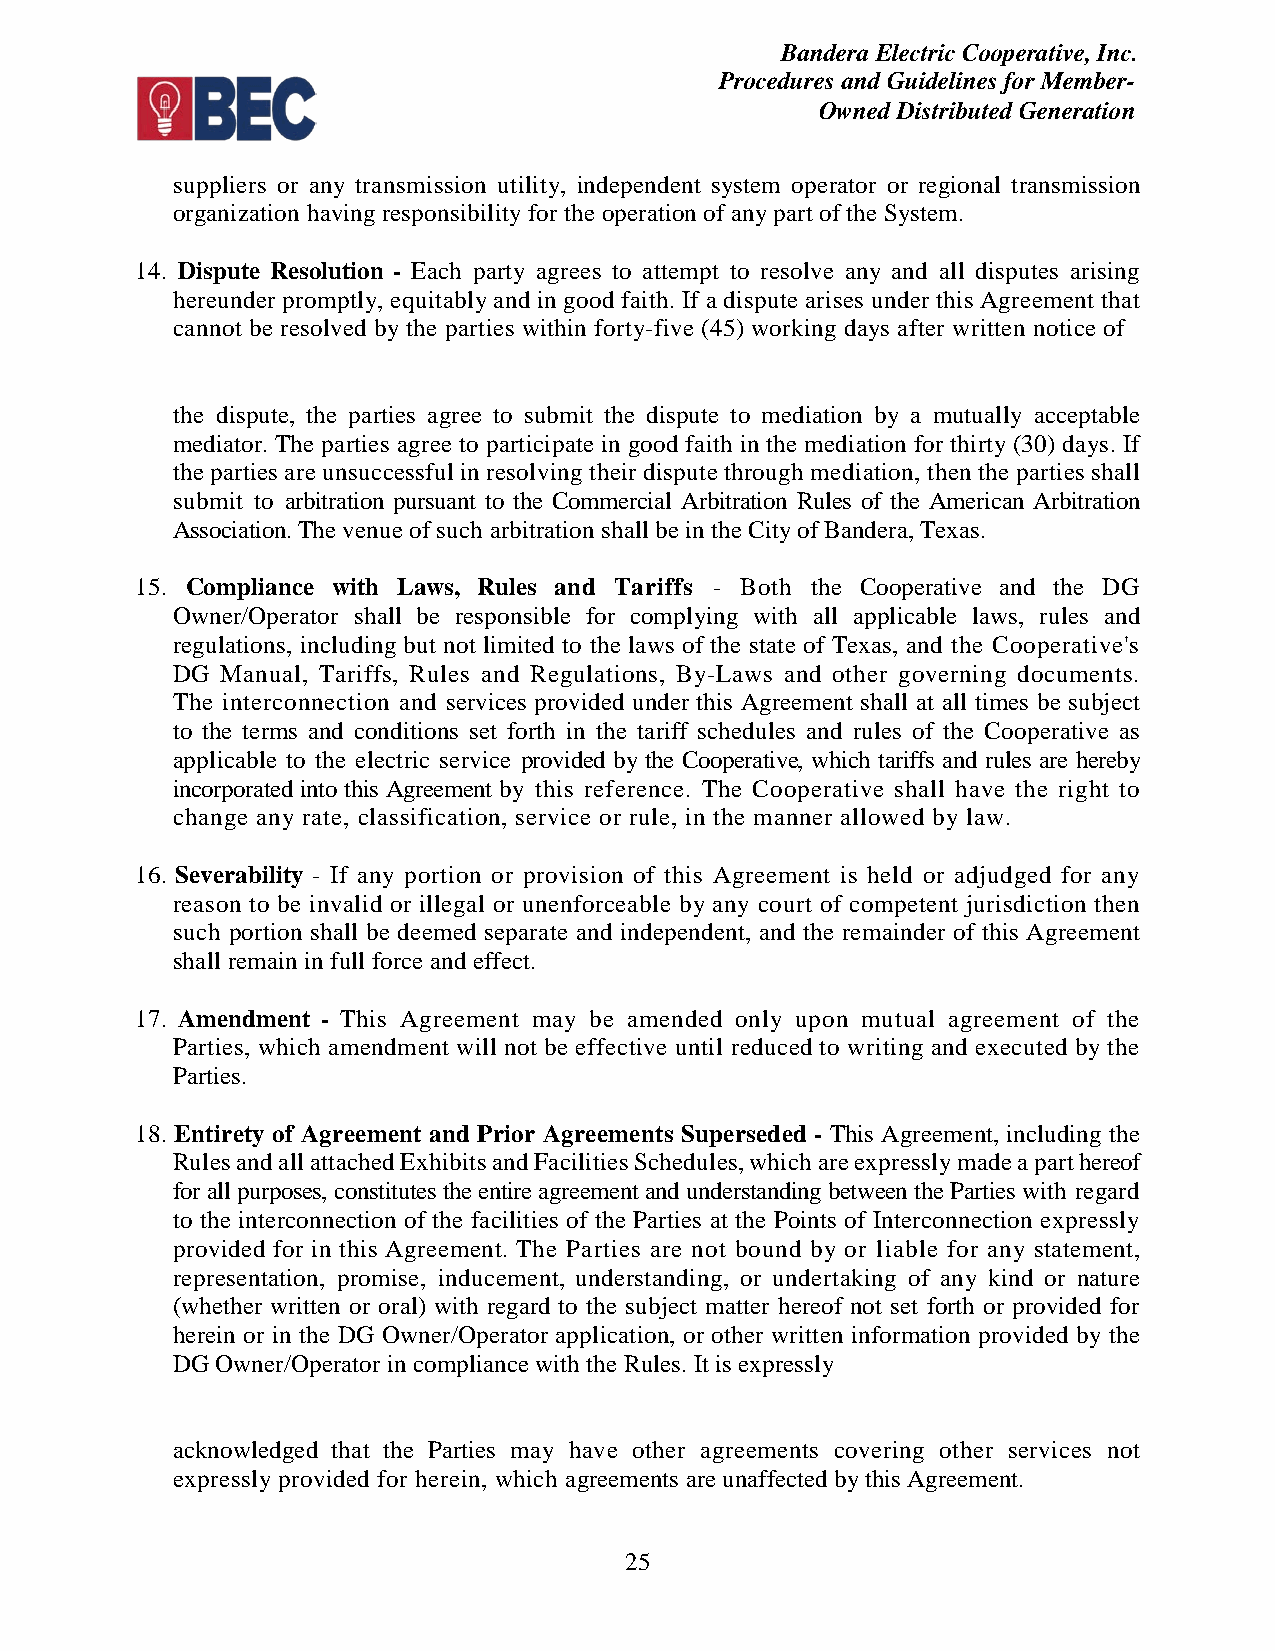
Bandera Electric Cooperative, Inc.
 Procedures and Guidelines for Member-
 Owned Distributed Generation
 suppliers or any transmission utility, independent system operator or regional transmission
 organization having responsibility for the operation of any part of the System.
 14. Dispute Resolution - Each party agrees to attempt to resolve any and all disputes arising
 hereunder promptly, equitably and in good faith. If a dispute arises under this Agreement that
 cannot be resolved by the parties within forty-five (45) working days after written notice of
 the dispute, the parties agree to submit the dispute to mediation by a mutually acceptable
 mediator. The parties agree to participate in good faith in the mediation for thirty (30) days. If
 the parties are unsuccessful in resolving their dispute through mediation, then the parties shall
 submit to arbitration pursuant to the Commercial Arbitration Rules of the American Arbitration
 Association. The venue of such arbitration shall be in the City of Bandera, Texas.
 15. Compliance with Laws, Rules and Tariffs - Both the Cooperative and the DG
 Owner/Operator shall be responsible for complying with all applicable laws, rules and
 regulations, including but not limited to the laws of the state of Texas, and the Cooperative's
 DG  Manual, Tariffs, Rules and Regulations, By-Laws and other governing documents.
 The interconnection and services provided under this Agreement shall at all times be subject
 to the terms and conditions set forth in the tariff schedules and rules of the Cooperative as
 applicable to the electric service provided by the Cooperative, which tariffs and rules are hereby
 incorporated into this Agreement by this reference. The Cooperative shall have the right to
 change any rate, classification, service or rule, in the manner allowed by law.
 16. Severability - If any portion or provision of this Agreement is held or adjudged for any
 reason to be invalid or illegal or unenforceable by any court of competent jurisdiction then
 such portion shall be deemed separate and independent, and the remainder of this Agreement
 shall remain in full force and effect.
 17. Amendment - This Agreement may be amended only upon mutual agreement of the
 Parties, which amendment will not be effective until reduced to writing and executed by the
 Parties.
 18. Entirety of Agreement and Prior Agreements Superseded - This Agreement, including the
 Rules and all attached Exhibits and Facilities Schedules, which are expressly made a part hereof
 for all purposes, constitutes the entire agreement and understanding between the Parties with regard
 to the interconnection of the facilities of the Parties at the Points of Interconnection expressly
 provided for in this Agreement. The Parties are not bound by or liable for any statement,
 representation, promise, inducement, understanding, or undertaking of any kind or nature
 (whether written or oral) with regard to the subject matter hereof not set forth or provided for
 herein or in the DG Owner/Operator application, or other written information provided by the
 DG Owner/Operator in compliance with the Rules. It is expressly
 acknowledged that the Parties may have other agreements covering other services not
 expressly provided for herein, which agreements are unaffected by this Agreement.
 25